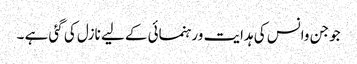
جو جن وانس کی ہدایت ورہنمائی کے لیے نازل کی گئی ہے ۔